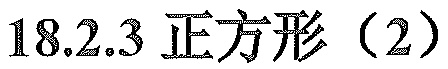
18.2.3 正方形（2）